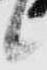
候